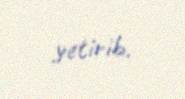
yetirib.